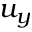
u _ { y }